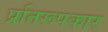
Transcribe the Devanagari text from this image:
प्रतिरूपकार